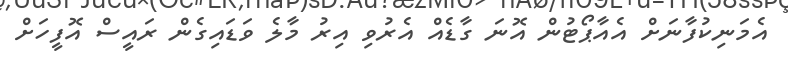
އެމަނިކުފާނަށް އެއާޕޯޓުން އޮނަ ގާޑެއް އެރުވި އިރު މާލެ ވަޑައިގެން ރައީސް އޮފީހަށް